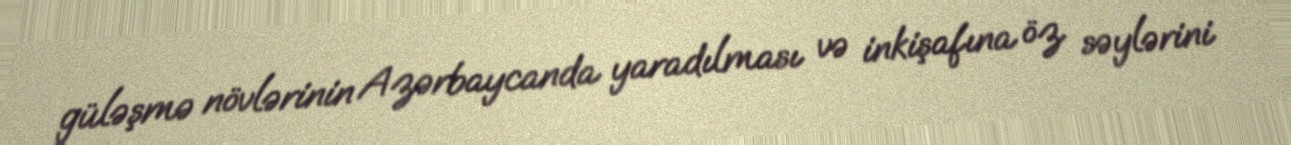
güləşmə növlərinin Azərbaycanda yaradılması və inkişafına öz səylərini